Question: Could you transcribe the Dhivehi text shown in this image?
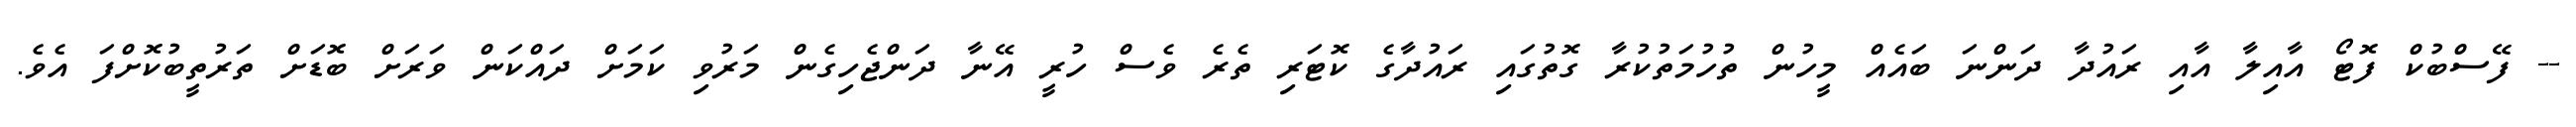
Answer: -- ފޭސްބުކް ފޮޓޯ އާއިލާ އާއި ރައުދާ ދަންނަ ބައެއް މީހުން ތުހުމަތުކުރާ ގޮތުގައި ރައުދާގެ ކޮޓަރި ތެރެ ވެސް ހުރީ އޭނާ ދަންޖެހިގެން މަރުވި ކަމަށް ދައްކަން ވަރަށް ބޮޑަށް ތަރުތީބުކޮށްފަ އެވެ.